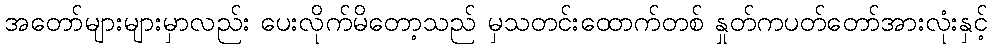
အတော်များများမှာလည်း ပေးလိုက်မိတော့သည် မှသတင်းထောက်တစ် နှုတ်ကပတ်တော်အားလုံးနှင့်